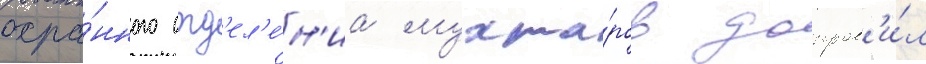
охра́нного отд'ел'е́н'иа мухта́ров допрос'и́л